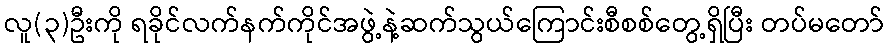
လူ(၃)ဦးကို ရခိုင်လက်နက်ကိုင်အဖွဲ့နဲ့ဆက်သွယ်ကြောင်းစီစစ်တွေ့ရှိပြီး တပ်မတော်